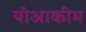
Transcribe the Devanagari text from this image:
योआकीम